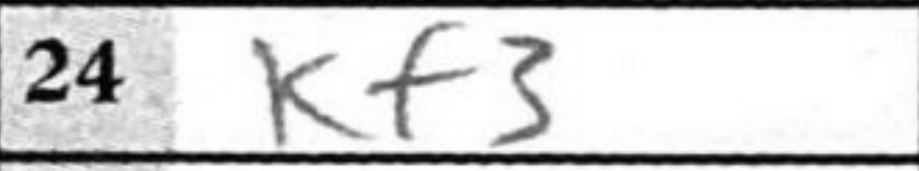
Transcription: Kf3